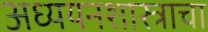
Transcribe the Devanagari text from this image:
अध्ययनशास्त्राचा